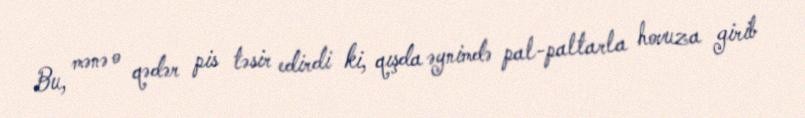
Bu, mənə o qədər pis təsir edirdi ki, qışda əynimdə pal-paltarla hovuza girib